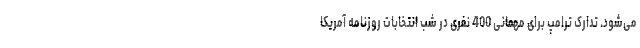
می‌شود. تدارک ترامپ برای مهمانی 400 نفری در شب انتخابات روزنامه آمریکا